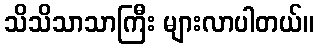
သိသိသာသာကြီး များလာပါတယ်။